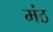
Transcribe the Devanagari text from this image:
मंठ